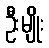
ဦးမျိုး